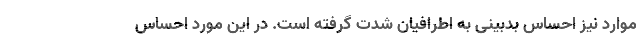
موارد نیز احساس بدبینی به اطرافیان شدت گرفته است. در این مورد احساس